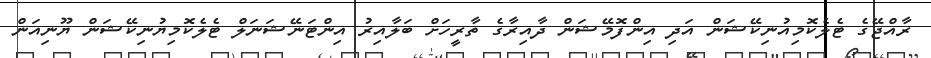
ރާއްޖޭގެ ޓެލެކޮމިއުނިކޭޝަން އަދި އިންފޮމޭޝަން ދާއިރާގެ ތާރީހަށް ބަލާއިރު އިންޓަނޭޝަނަލް ޓެލެކޮމިޔުނިކޭޝަން ޔޫނިއަން